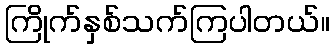
ကြိုက်နှစ်သက်ကြပါတယ်။